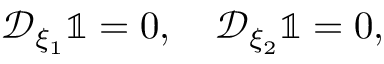
\mathcal { D } _ { \xi _ { 1 } } \mathbb { 1 } = 0 , \quad \mathcal { D } _ { \xi _ { 2 } } \mathbb { 1 } = 0 ,